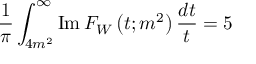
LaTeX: \frac { 1 } { \pi } \int _ { 4 m ^ { 2 } } ^ { \infty } \mathrm { I m } \, F _ { W } \left( t ; m ^ { 2 } \right) \frac { d t } { t } = 5